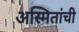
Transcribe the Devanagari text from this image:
अस्मितांची